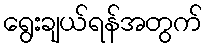
ရွေးချယ်ရန်အတွက်